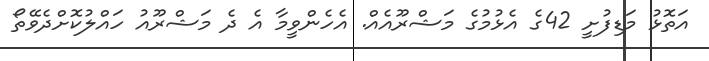
އަތޮޅު މަޑިފުށީ 42ގެ އެޅުމުގެ މަޝްރޫއެއް. އެހެންވީމާ އެ ދެ މަޝްރޫއު ހައްލުކޮށްދެވޭތޯ